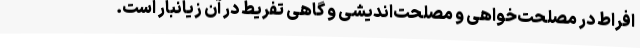
افراط در مصلحت‌خواهی و مصلحت‌اندیشی و گاهی تفریط در آن زیانبار است.